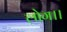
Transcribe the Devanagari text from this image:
लोग।।